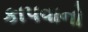
કાપવાનો